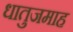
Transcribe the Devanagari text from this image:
धातुजमाह